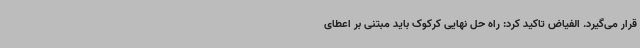
قرار می‌گیرد. الفیاض تاکید کرد: راه حل نهایی کرکوک باید مبتنی بر اعطای